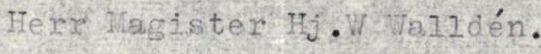
Herr Magister Hj. W Walldén.